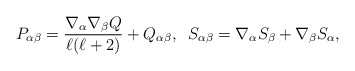
\begin{align*}P_{\alpha\beta}=\frac{\nabla_{\alpha}\nabla_{\beta}Q}{\ell(\ell+2)}+Q_{\alpha\beta} ,\;\;S_{\alpha\beta}=\nabla_{\alpha}S_{\beta}+\nabla_{\beta}S_{\alpha},\end{align*}